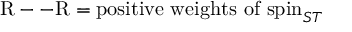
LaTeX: \mathrm { R - - R } = \mathrm { p o s i t i v e ~ w e i g h t s ~ o f ~ } \mathrm { s p i n } _ { S T }